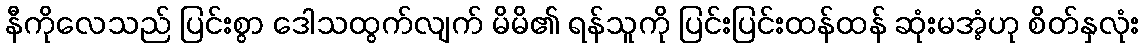
နီကိုလေသည် ပြင်းစွာ ဒေါသထွက်လျက် မိမိ၏ ရန်သူကို ပြင်းပြင်းထန်ထန် ဆုံးမအံ့ဟု စိတ်နှလုံး